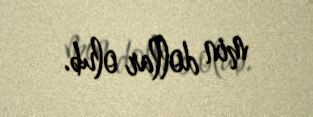
min dollar olub.